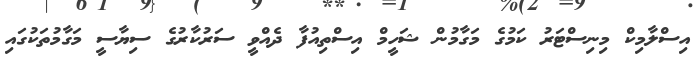
އިސްލާމިކް މިނިސްޓަރު ކަމުގެ މަގާމުން ޝަހީމް އިސްތިއުފާ ދެއްވީ ސަރުކާރުގެ ސިޔާސީ މަގާމުތަކުގައި